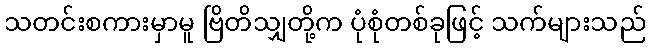
သတင်းစကားမှာမူ ဗြိတိသျှတို့က ပုံစုံတစ်ခုဖြင့် သက်များသည်